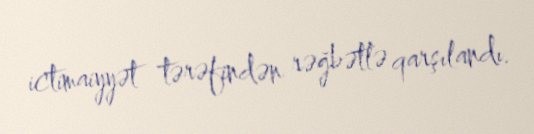
ictimaiyyət tərəfindən rəğbətlə qarşılandı.